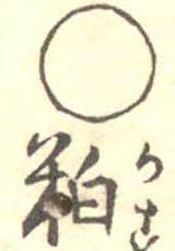
○粕